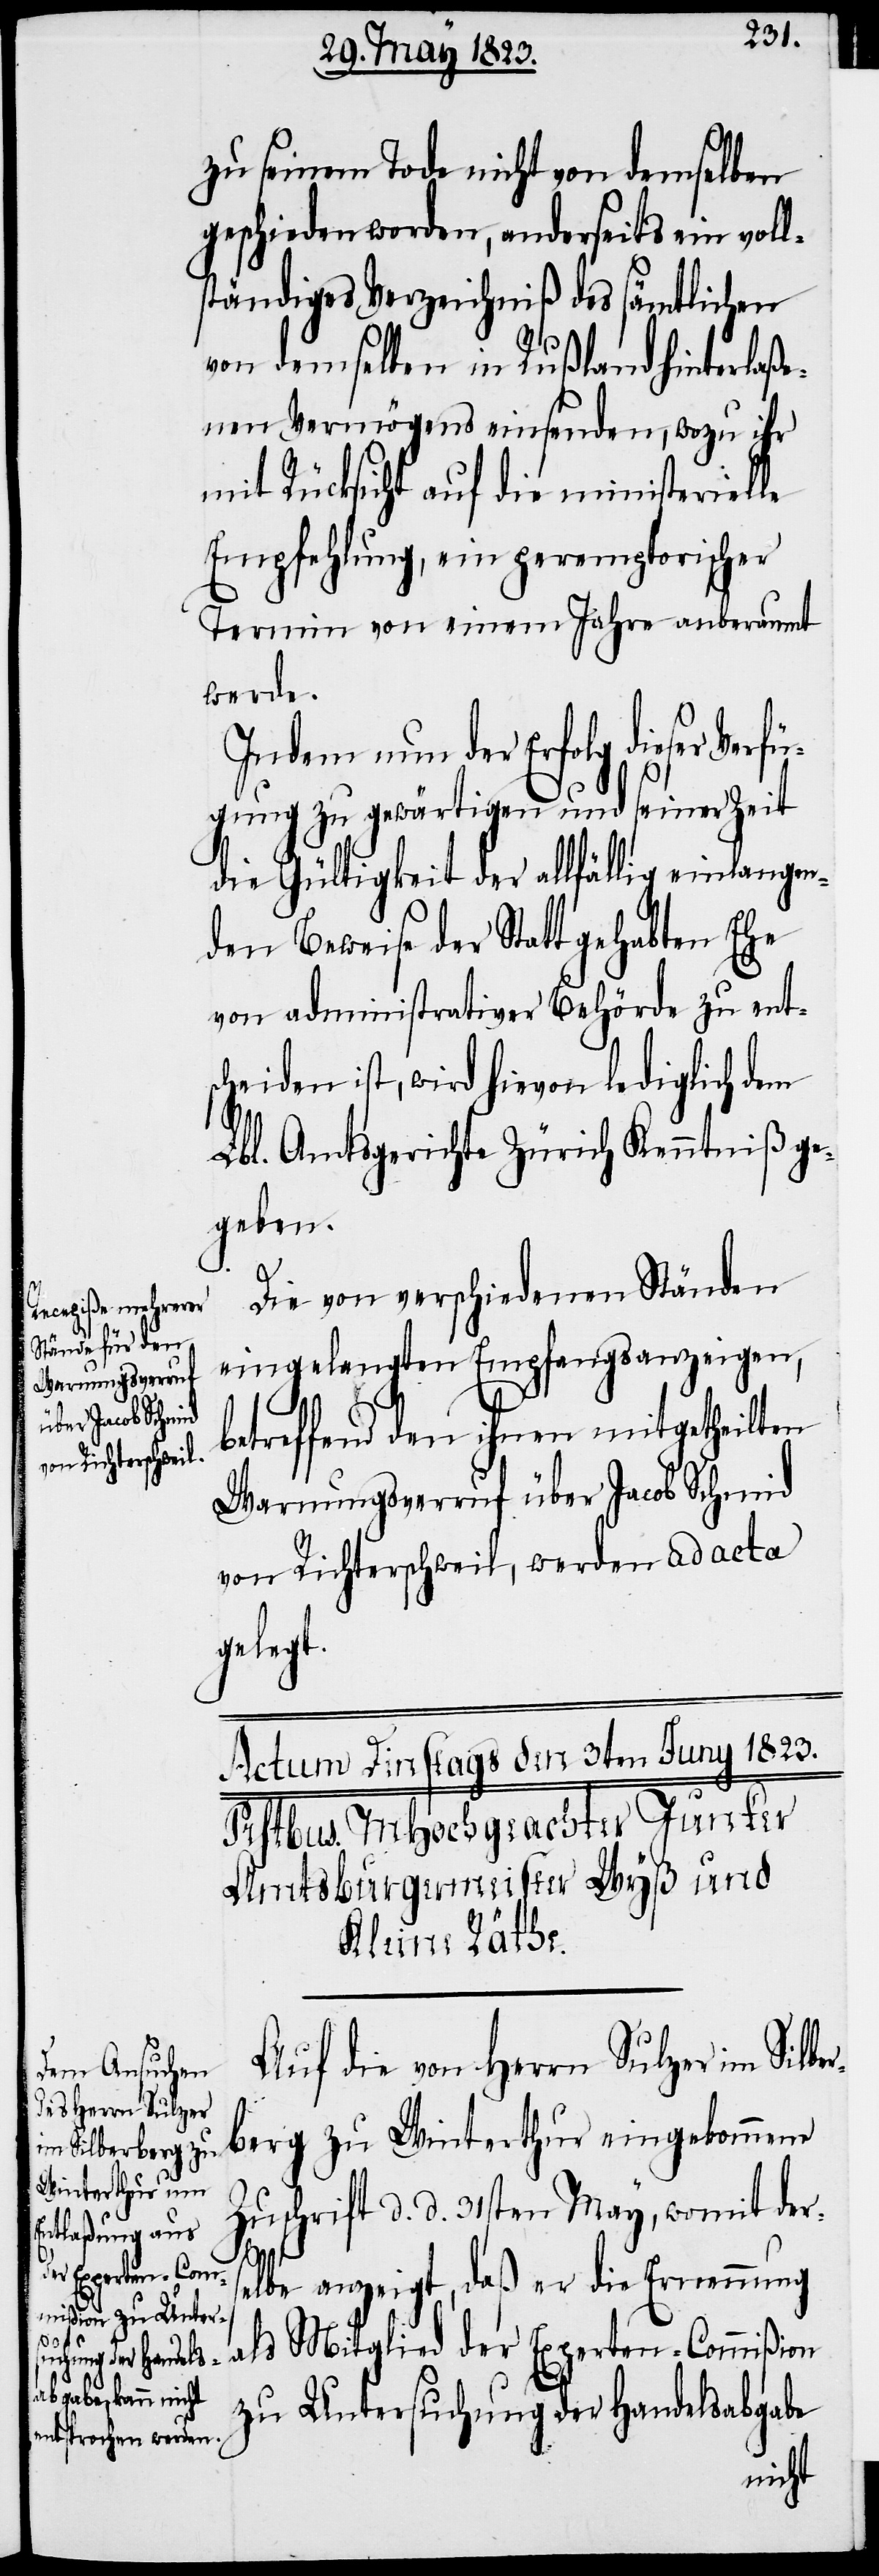
zu seinem Tode nicht von demselben
geschieden worden, anderseits ein voll¬
ständiges Verzeichniß des sämtlichen
von demselben in Rußland hinterlaße¬
nen Vermögens einsenden, wozu ihr
mit Rücksicht auf die ministerielle
Empfehlung, ein peremptorischer
Termin von einem Jahre anberaumt
werde.
Indem nun der Erfolg dieser Ver¬
fügung zu gewärtigen und seiner Zeit
die Gültigkeit der allfällig einlangen¬
den Beweise der Statt gehabten Ehe
von administrativer Behörde zu ents¬
cheiden ist, wird hievon lediglich dem
Lbl. Amtsgerichte Zürich Kenntniß ge¬
geben.
Die von verschiedenen Ständen
eingelangten Empfangsanzeigen,
betreffend den ihnen mitgetheilten
Warnungsverruf über Jacob Schmid
von Richterschweil, werden ad acta
gelegt.
Auf die von Herrn Sulzer im Silber¬
berg zu Winterthur eingekommene
Zuschrift d. d. 31sten May, womit ders¬
elbe anzeigt, daß er die Ernennung
als Mitglied der Experten-Commißion
zu Untersuchung der Handelsabgabe